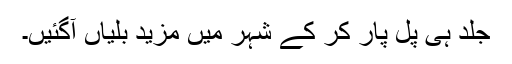
جلد ہی پل پار کر کے شہر میں مزید بلّیاں آگئیں۔